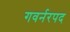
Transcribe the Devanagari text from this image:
गवर्नरपद